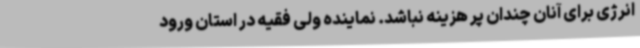
انرژی برای آنان چندان پر هزینه نباشد. نماینده ولی فقیه در استان ورود